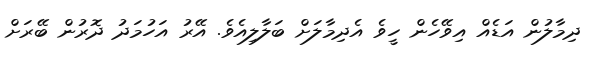
ދިމާލުން އަޑެއް އިވޭހެން ހީވެ އެދިމާލަށް ބަލާލިއެވެ. އޭރު އަހުމަދު ދޮރުން ބޭރަށް